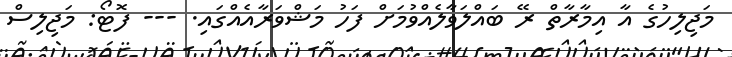
މަޖިލިހުގެ އާ އިމާރާތް ރޭ ބައްލަވާލެއްވުމަށް ފަހު މަޝްވަރާއެއްގައި. --- ފޮޓޯ: މަޖިލިސް